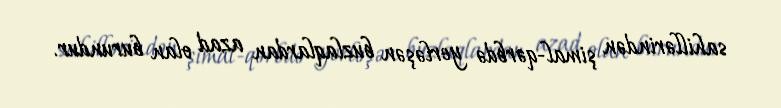
sahillərindən şimal-qərbdə yerləşən buzlaqlardan azad olan burundur.